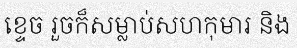
ខ្ទេច រួចក៏សម្លាប់សហកុមារ និង